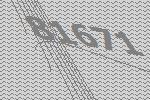
81671